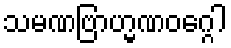
သမဏဗြာဟ္မဏဝဂ္ဂေါ